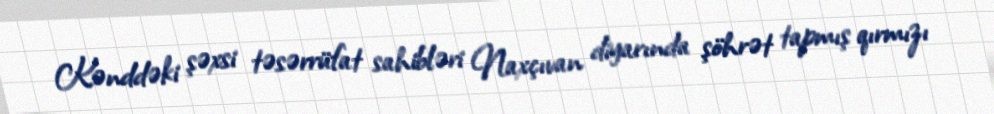
Kənddəki şəxsi təsərrüfat sahibləri Naxçıvan diyarında şöhrət tapmış qırmızı